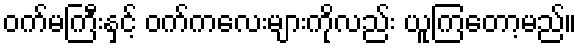
ဝက်မကြီးနှင့် ဝက်ကလေးများကိုလည်း ယူကြတော့မည်။